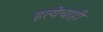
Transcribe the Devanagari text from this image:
हत्येचाही